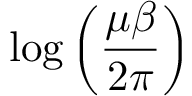
\log \left( \frac { \mu \beta } { 2 \pi } \right)